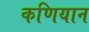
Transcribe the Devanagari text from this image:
कणियान